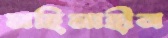
মহিমাহীন